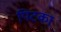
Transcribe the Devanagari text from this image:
पिटका